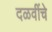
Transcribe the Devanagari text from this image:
दळवींचे